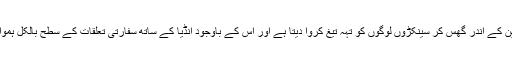
انڈیا ہماری سرزمین کے اندر گھس کر سینکڑوں لوگوں کو تہہ تیغ کروا دیتا ہے اور اس کے باوجود انڈیا کے ساتھ سفارتی تعلقات کے سطح بالکل ہموار کیوں رہتی ہے؟